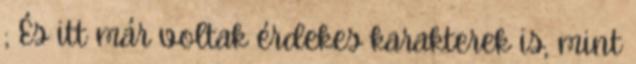
; És itt már voltak érdekes karakterek is, mint